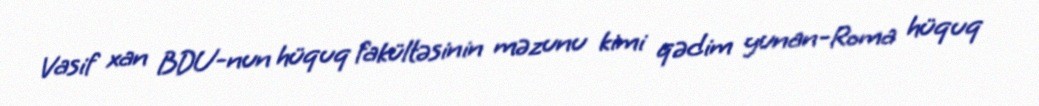
Vasif xan BDU-nun hüquq fakültəsinin məzunu kimi qədim yunan-Roma hüquq